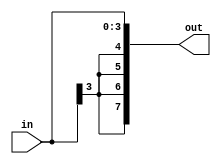


// --------------------- sign extend --------------------- 
module SE4to8bit(input[3:0]in , output[7:0] out);
	supply1 one;
	genvar i;
	generate for(i=0; i<4; i=i+1) begin
		and(out[i], in[i], one);
		end
	endgenerate
	genvar j;
	generate for(j=4; j<8; j=j+1) begin
		and(out[j], in[3], one);
		end
	endgenerate
endmodule

module SE16bit(input [15:0] in,output[19:0] out);

  assign out = {2'b 00,in, 2'b 00};
  
endmodule


module zeroExtend(output [7:0] w, input [3:0] a);
    supply0 zero;
    
    genvar i;
    generate 
        for (i = 4; i < 8; i = i + 1) begin
            and(w[i], zero, a[0]);
            or(w[i-4], zero, a[i-4]);
        end
    endgenerate

endmodule